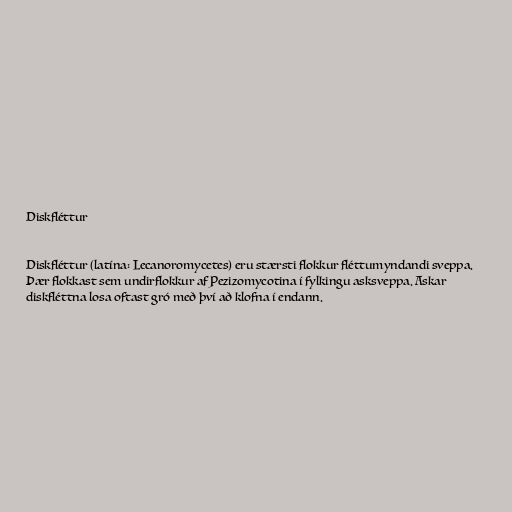
Diskfléttur

Diskfléttur (latína: Lecanoromycetes) eru stærsti flokkur fléttumyndandi sveppa.
Þær flokkast sem undirflokkur af Pezizomycotina í fylkingu asksveppa. Askar
diskfléttna losa oftast gró með því að klofna í endann.